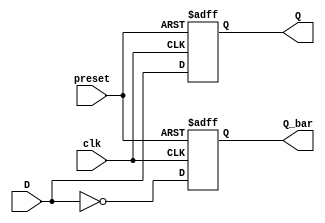
module async_preset_d_ff(
    input D,
    input clk,
    input preset,
    output reg Q,
    output reg Q_bar
);

always @ (posedge clk or posedge preset)
begin
    if (preset)
    begin
        Q <= 1'b1;
        Q_bar <= 1'b0;
    end
    else
    begin
        Q <= D;
        Q_bar <= ~D;
    end
end

endmodule